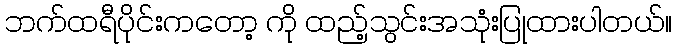
ဘက်ထရီပိုင်းကတော့ ကို ထည့်သွင်းအသုံးပြုထားပါတယ်။